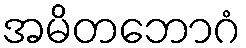
အမိတဘောဂံ